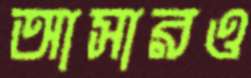
আসারও